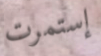
إستمرت